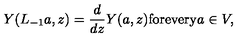
Y ( L _ { - 1 } a , z ) = \frac { d } { d z } Y ( a , z ) \mathrm { f o r e v e r y } a \in V ,